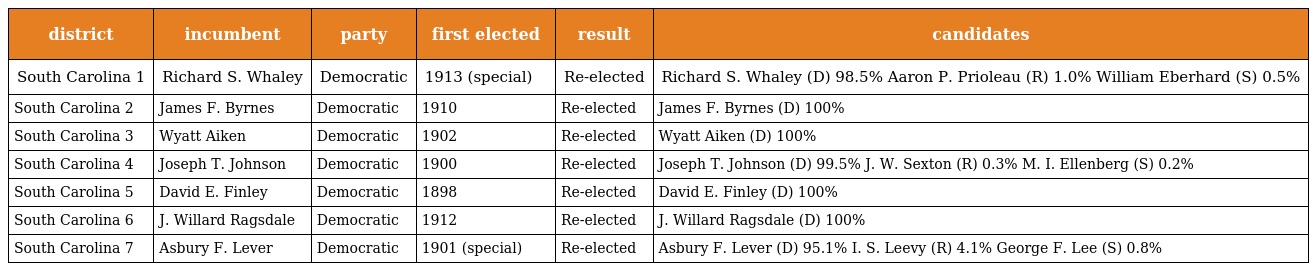
| district | incumbent | party | first elected | result | candidates |
 | --- | --- | --- | --- | --- | --- |
 | South Carolina 1 | Richard S. Whaley | Democratic | 1913 (special) | Re-elected | Richard S. Whaley (D) 98.5% Aaron P. Prioleau (R) 1.0% William Eberhard (S) 0.5% |
 | South Carolina 2 | James F. Byrnes | Democratic | 1910 | Re-elected | James F. Byrnes (D) 100% |
 | South Carolina 3 | Wyatt Aiken | Democratic | 1902 | Re-elected | Wyatt Aiken (D) 100% |
 | South Carolina 4 | Joseph T. Johnson | Democratic | 1900 | Re-elected | Joseph T. Johnson (D) 99.5% J. W. Sexton (R) 0.3% M. I. Ellenberg (S) 0.2% |
 | South Carolina 5 | David E. Finley | Democratic | 1898 | Re-elected | David E. Finley (D) 100% |
 | South Carolina 6 | J. Willard Ragsdale | Democratic | 1912 | Re-elected | J. Willard Ragsdale (D) 100% |
 | South Carolina 7 | Asbury F. Lever | Democratic | 1901 (special) | Re-elected | Asbury F. Lever (D) 95.1% I. S. Leevy (R) 4.1% George F. Lee (S) 0.8% |